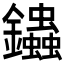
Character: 𨰍